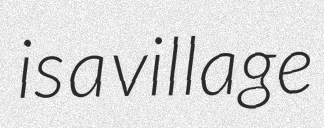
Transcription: is a village